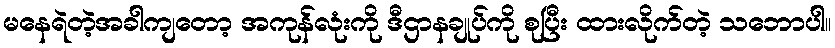
မနေရဲတဲ့အခါကျတော့ အကုန်လုံးကို ဒီဌာနချုပ်ကို စုပြီး ထားလိုက်တဲ့ သဘောပါ။